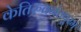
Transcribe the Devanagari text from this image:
केतिरुवनंतपुरम